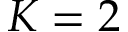
K = 2